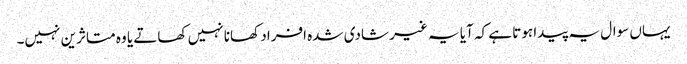
یہاں سوال یہ پیدا ہوتا ہے کہ آیا یہ غیر شادی شدہ افراد کھانا نہیں کھاتے یا وہ متاثرین نہیں۔